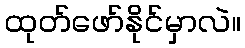
ထုတ်ဖော်နိုင်မှာလဲ။